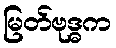
မြတ်ဗုဒ္ဓက